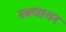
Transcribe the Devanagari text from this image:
स्‍क्‍वायर